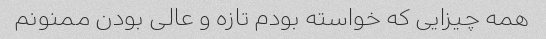
همه چیزایی که خواسته بودم تازه و عالی بودن ممنونم